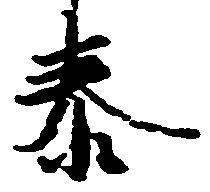
泰